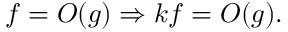
f = O ( g ) \Rightarrow k f = O ( g ) .